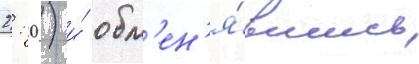
2: 0) и́ обм'ен'я́вшись